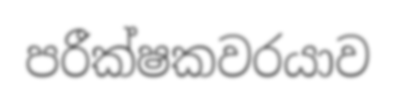
පරීක්ෂකවරයාව